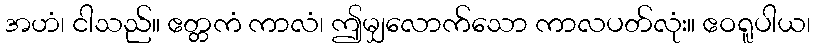
အဟံ၊ ငါသည်။ ဧတ္တကံ ကာလံ၊ ဤမျှလောက်သော ကာလပတ်လုံး။ ဧဝရူပါယ၊